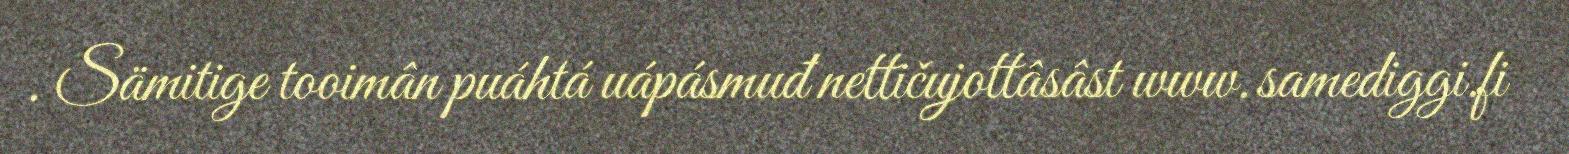
. Sämitige tooimân puáhtá uápásmuđ nettičujottâsâst www.samediggi.fi